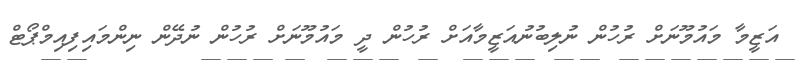
އަޒީމާ މައުމޫނަށް ރުހުން ނުލިބުނުއަޒީމާއަށް ރުހުން ދީ މައުމޫނަށް ރުހުން ނުދޭން ނިންމައިފިއިމްޕޯޓް